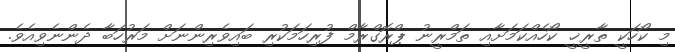
މި ކޯހަކީ ތާރީޚީ ކޯހެއްކަމަށާއި ތަމްރީނު ޕްރޮގްރާމް ފުރިހަމަކުރި ބައިވެރިންނަށް މަރުހަބާ ދެންނެވިއެވެ.